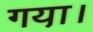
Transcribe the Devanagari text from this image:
गया़।